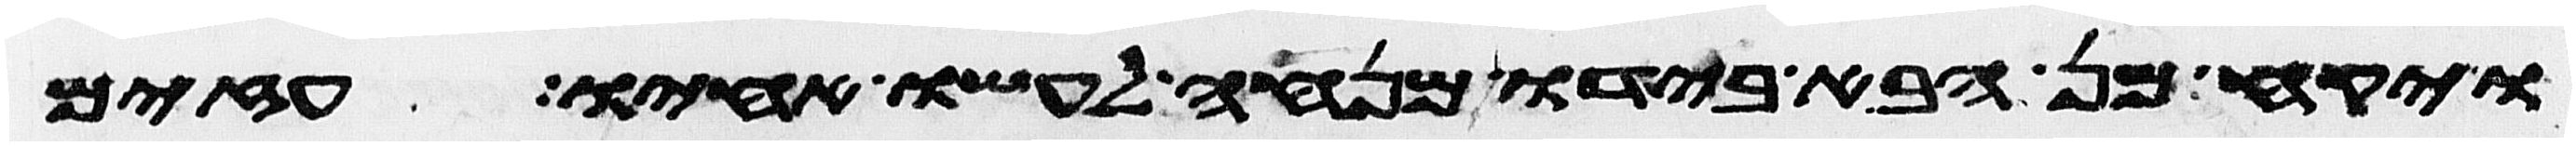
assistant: ויקח מן הבא בידו מנחה לעשו אחיו עזים